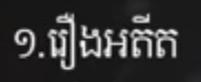
១.រឿងអតីត